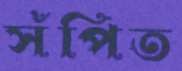
সঁপিত